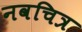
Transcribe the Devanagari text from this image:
नवचित्र